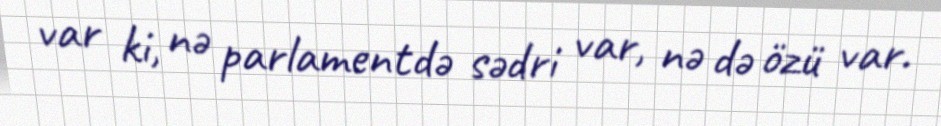
var ki, nə parlamentdə sədri var, nə də özü var.